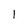
Character: 1